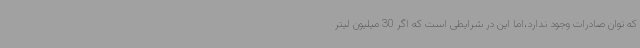
که توان صادرات وجود ندارد،اما این در شرایطی است که اگر 30 میلیون لیتر